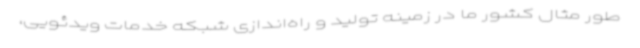
طور مثال کشور ما در زمینه تولید و راه‌اندازی شبکه خدمات ویدئویی،